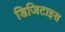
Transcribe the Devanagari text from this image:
डिजिटाइस